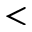
<